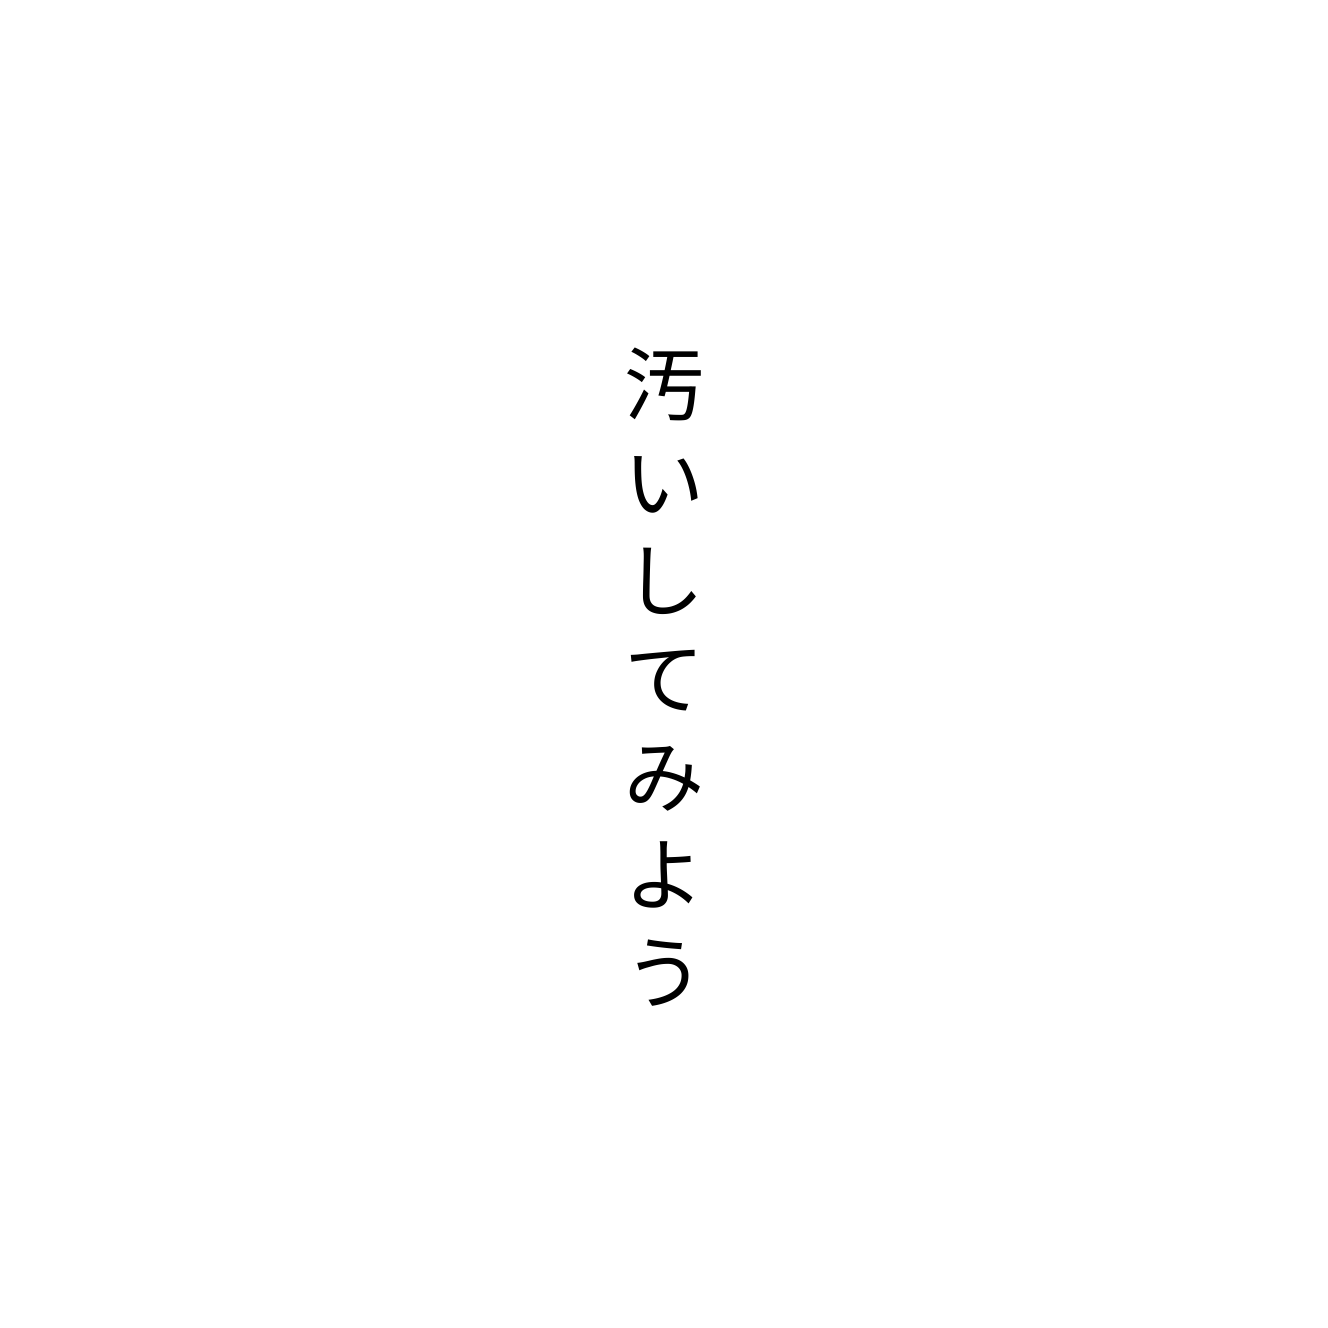
汚いしてみよう